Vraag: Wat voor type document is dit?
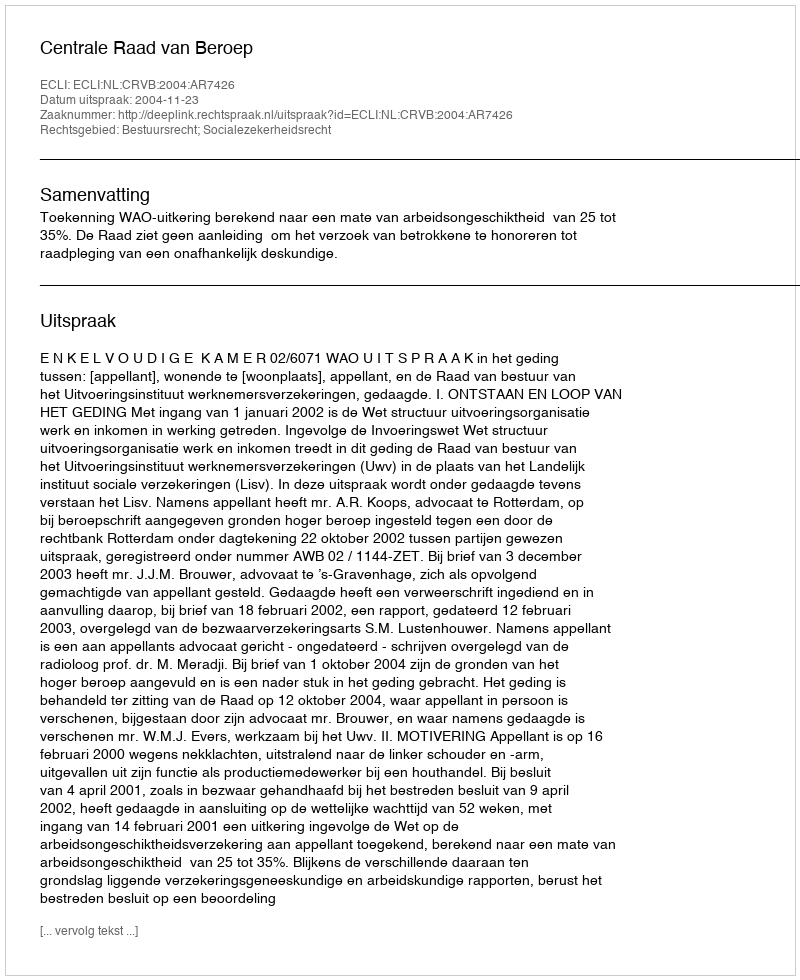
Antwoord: Uitspraak